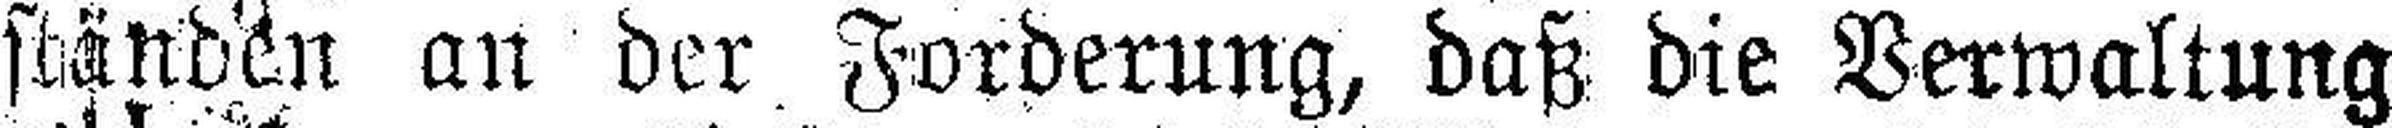
ständen an der Forderung, daß die Verwaltung